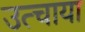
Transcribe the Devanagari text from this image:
उत्चाया